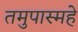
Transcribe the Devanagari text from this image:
तमुपास्महे